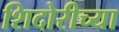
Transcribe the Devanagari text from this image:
शिदोरीच्या